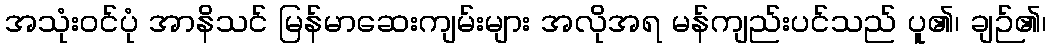
အသုံးဝင်ပုံ အာနိသင် မြန်မာဆေးကျမ်းများ အလိုအရ မန်ကျည်းပင်သည် ပူ၏၊ ချဉ်၏၊